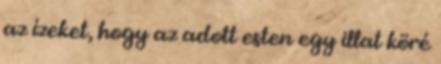
az ízeket, hogy az adott esten egy illat köré